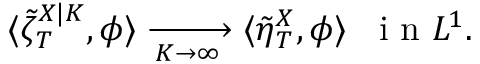
\langle \tilde { \zeta } _ { T } ^ { X | K } , \phi \rangle \xrightarrow [ K \to \infty ] { } \langle \tilde { \eta } _ { T } ^ { X } , \phi \rangle \; \; \mathrm { ~ i ~ n ~ } L ^ { 1 } .